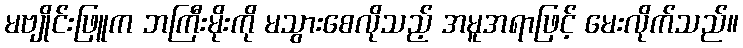
မဗျိုင်းဖြူက ဘကြီးမိုးကို မသွားစေလိုသည့် အမူအရာဖြင့် မေးလိုက်သည်။